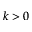
k > 0